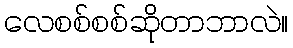
လေစစ်စစ်ဆိုတာဘာလဲ။